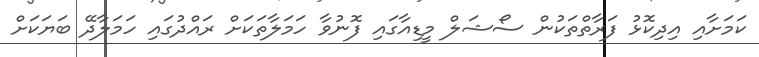
ކަމަށާއި އިދިކޮޅު ފަރާތްތަކުން ސޯޝަލް މީޑިއާގައި ފޮނުވާ ހަމަލާތަކަށް ރައްދުގައި ހަމަލާދޭ ބަޔަކަށް